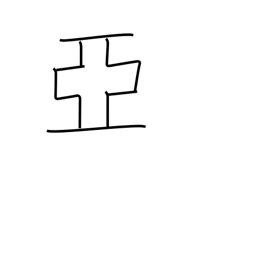
Meaning: follow